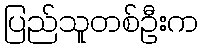
ပြည်သူတစ်ဦးက